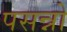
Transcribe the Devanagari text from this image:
पसन्नो